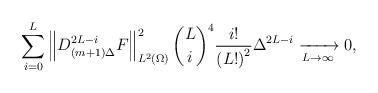
LaTeX: \begin{align*}\sum_{i=0}^{L}\left\| D_{(m+1)\Delta }^{2L-i}F\right\|_{L^2(\Omega)} ^{2} {\binom{L}{i}}^{4}\frac{i!}{\left( L!\right) ^{2}}\Delta ^{2L-i}\xrightarrow[L\rightarrow\infty]{}0,\end{align*}